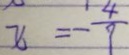
x = - \frac { 4 } { 9 }